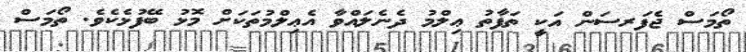
ތޯމަސް ޖެފަރސަން އަކީ ތަފާތު ޢިލްމު ދެނެލައްވާ އެޢިލްމުތަކަށް މޮޅު ބޭފުޅެކެވެ. ތޯމަސް